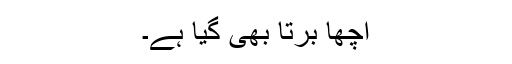
اچھا برتا بھی گیا ہے۔